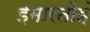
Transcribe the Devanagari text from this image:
इमारतोइं